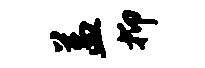
益抑